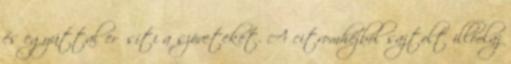
és egyúttal erősíti a szöveteket. A citromhéjból sajtolt illóolaj